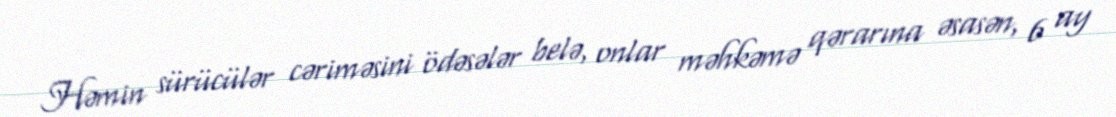
Həmin sürücülər cəriməsini ödəsələr belə, onlar məhkəmə qərarına əsasən, 6 ay